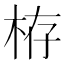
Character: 栫